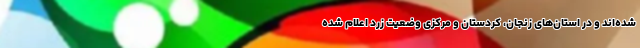
شده‌اند و در استان‌های زنجان، کردستان و مرکزی وضعیت زرد اعلام شده